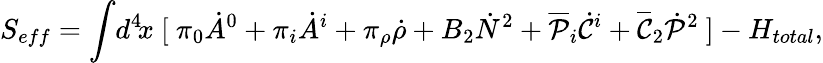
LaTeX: S_{eff}=\int\! d^{4}\! x~[~\pi_{0}\dot{A}^{0}+\pi_{i}\dot{A}^{i}+\pi_{\rho}\dot{\rho}+B_{2}\dot{N}^{2}+\overline{{{\cal P}}}_{i}\dot{\cal C}^{i}+\overline{{{\cal C}}}_{2}\dot{\cal P}^{2}~]-H_{total},